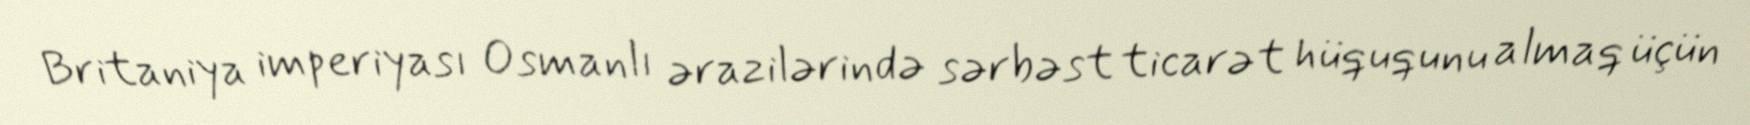
Britaniya imperiyası Osmanlı ərazilərində sərbəst ticarət hüququnu almaq üçün